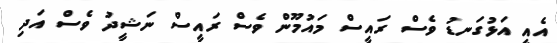
އެއީ އަޅުގަނޑު ވެސް ރައީސް މައުމޫން ވެސް ރައީސް ނަޝީދު ވެސް އަދި